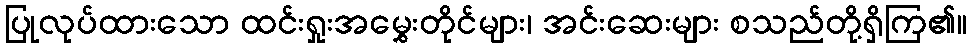
ပြုလုပ်ထားသော ထင်းရှုးအမွှေးတိုင်များ၊ အင်းဆေးများ စသည်တို့ရှိကြ၏။